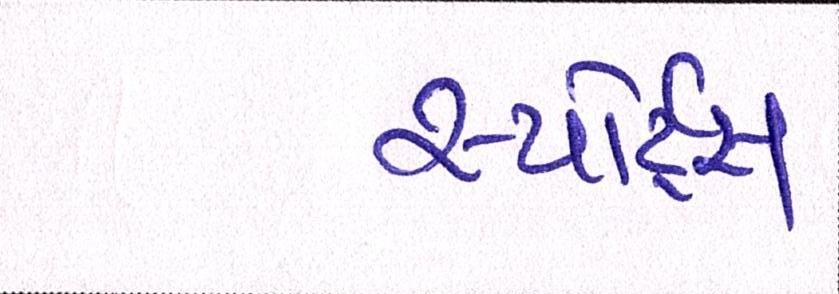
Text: સ્પોર્ટ્સ